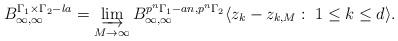
LaTeX: \begin{align*}B_{\infty,\infty}^{\Gamma_1\times \Gamma_2-la}= \varinjlim_{M\to\infty} B_{\infty,\infty}^{p^n\Gamma_1-an, p^n\Gamma_2}\langle z_{k}-z_{k,M} : \;1 \leq k\leq d \rangle.\end{align*}